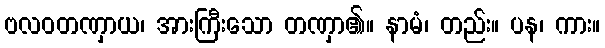
ဗလဝတဏှာယ၊ အားကြီးသော တဏှာ၏။ နာမံ၊ တည်း။ ပန၊ ကား။